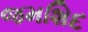
જમશિદ